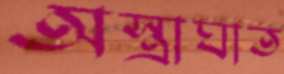
অস্ত্রাঘাত